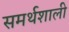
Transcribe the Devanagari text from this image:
समर्थशाली